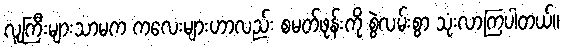
လူကြီးများသာမက ကလေးများဟာလည်း စမတ်ဖုန်းကို စွဲလမ်းစွာ သုံးလာကြပါတယ်။